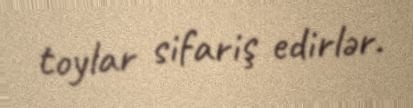
toylar sifariş edirlər.